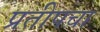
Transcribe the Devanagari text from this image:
प्रतीपचा